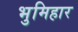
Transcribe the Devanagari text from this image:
भुमिहार